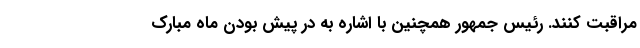
مراقبت کنند. رئیس جمهور همچنین با اشاره به در پیش بودن ماه مبارک